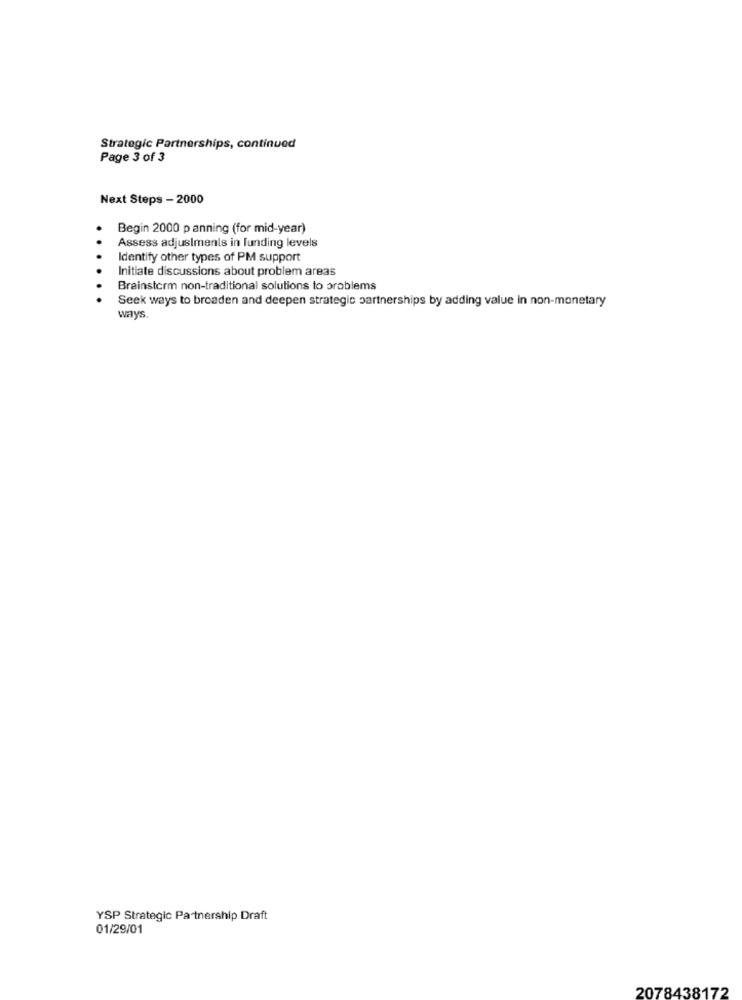
Strategic Partnerships, continued
Page 3 of 3
Next Steps - 2000
Begin 2000 panning (for mid-year)
Assess adjustments in funding levels
Identify other types of PM support
Initiate discussions about problem areas
Brainstorm non-traditional solutions to problems
Seek ways to broaden and deepen strategic partnerships by adding value in non-monetary
ways.
YSP Strategic Partnership Draft
01/29/01
2078438172